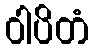
ဝါပိတံ